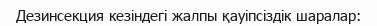
Дезинсекция кезіндегі жалпы қауіпсіздік шаралар: